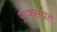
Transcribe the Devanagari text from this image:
फुप्फुसदाह